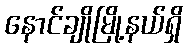
နောင်ချိုမြို့နယ်ရှိ